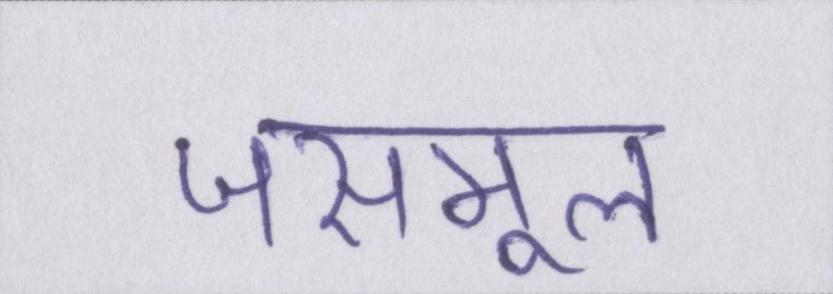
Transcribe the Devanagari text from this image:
जसमूल